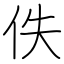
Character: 佚